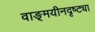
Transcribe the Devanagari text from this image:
वाङ्‌मयीनदृष्ट्या